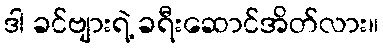
ဒါ ခင်ဗျားရဲ့ ခရီးဆောင်အိတ်လား။